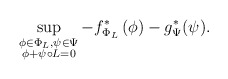
\begin{align*}\sup_{\substack{\phi\in\Phi_L,\psi\in\Psi \\ \phi +\psi\circ L =0}} -f^*_{\Phi_{L}} \left(\phi \right) -g^{*}_\Psi (\psi).\end{align*}